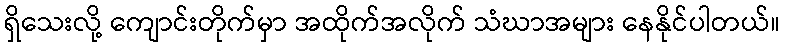
ရှိသေးလို့ ကျောင်းတိုက်မှာ အထိုက်အလိုက် သံဃာအများ နေနိုင်ပါတယ်။